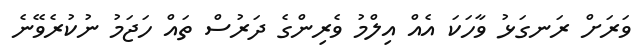
ވަރަށް ރަނގަޅު ވާހަކަ އެއް އިލްމު ވެރިންގެ ދަރުސް ތައް ހަޖަމު ނުކުރެވޭނެ